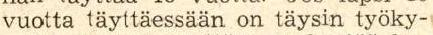
vuotta täyttäessään on täysin työky-